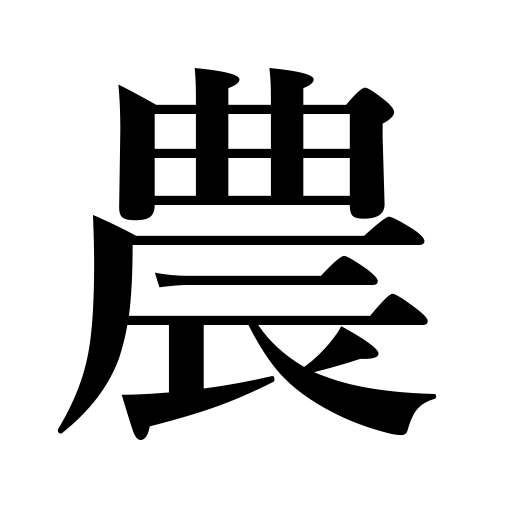
Meanings: farmers,agriculture